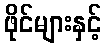
ဖိုင်များနှင့်